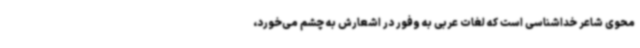
محوی شاعر خداشناسی است که لغات عربی به وفور در اشعارش به چشم می‌خورد،